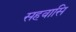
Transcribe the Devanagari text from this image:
सहवासि